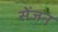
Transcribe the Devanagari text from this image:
सेंजन